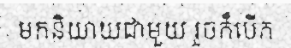
មកនិយាយជាមួយ រួចក៏បើក